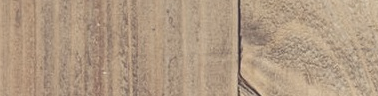
Broadway